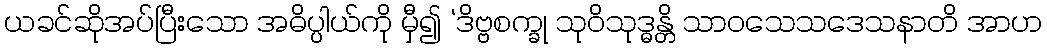
ယခင်ဆိုအပ်ပြီးသော အဓိပ္ပါယ်ကို မှီ၍ ‘ဒိဗ္ဗစက္ခု သုဝိသုဒ္ဓန္တိ သာဝသေသဒေသနာတိ အာဟ